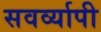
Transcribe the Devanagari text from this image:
सवर्व्यापी